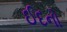
ઈદનો